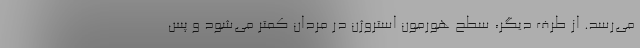
می‌رسد. از طرف دیگر، سطح هورمون استروژن در مردان کمتر می‌شود و پس